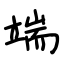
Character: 端